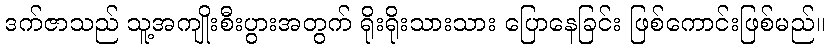
ဒက်ဇာသည် သူ့အကျိုးစီးပွားအတွက် ရိုးရိုးသားသား ပြောနေခြင်း ဖြစ်ကောင်းဖြစ်မည်။